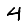
Digit: 4